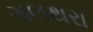
ગલથરા